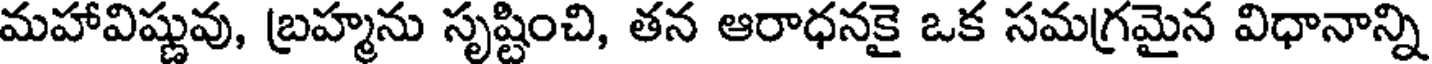
మహావిష్ణువు, బ్రహ్మను సృష్టించి, తన ఆరాధనకై ఒక సమగ్రమైన విధానాన్ని